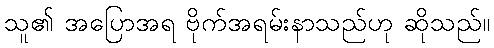
သူ၏ အပြောအရ ဗိုက်အရမ်းနာသည်ဟု ဆိုသည်။